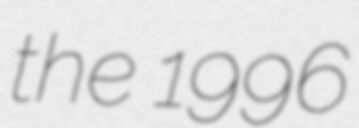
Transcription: the 1996